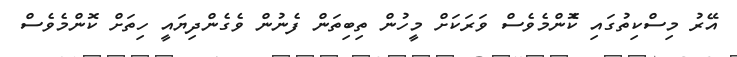
އޭރު މިސްކިތުގައި ކޮެންމެވެސް ވަރަކަށް މީހުން ތިބިތަން ފެނުން ވެގެންދިޔައީ ހިތަށް ކޮންމެވެސް